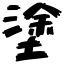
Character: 塗